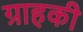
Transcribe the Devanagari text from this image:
ग्राहकी